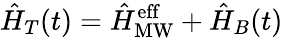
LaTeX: \hat{H}_{T}(t)=\hat{H}_{\mathrm{MW}}^{\mathrm{eff}}+\hat{H}_{B}(t)